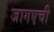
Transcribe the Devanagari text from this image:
जागएची